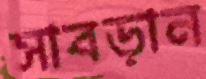
সাবড়ান